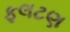
ફલટણ